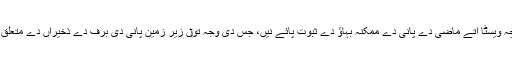
ڈان خلیائی کھوجی نے سیارچہ ویسٹا اُتے ماضی دے پانی دے ممکنہ بہاؤ دے ثبوت پائے نيں، جس دی وجہ تو‏ں زیر زمین پانی دی برف دے ذخیراں دے متعلق قیاس آرائیاں دی جا رہی نيں۔